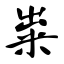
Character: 粜